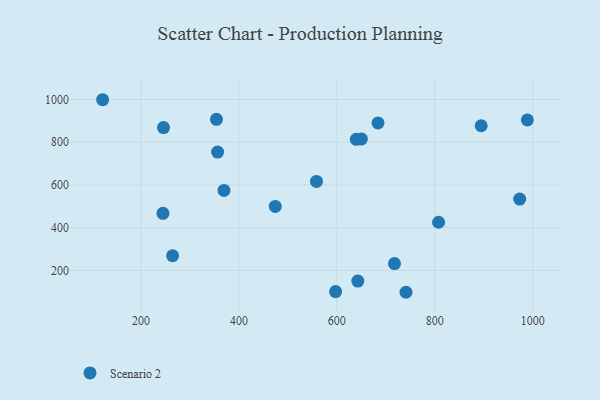
{"axis": {"x": "Experience", "y": "Fuel Efficiency"}, "legend": ["Scenario 2"], "data": [{"x": "244.9", "y": 467.3, "type": "Scenario 2"}, {"x": "369.5", "y": 574.3, "type": "Scenario 2"}, {"x": "894.9", "y": 877.0, "type": "Scenario 2"}, {"x": "989.2", "y": 904.4, "type": "Scenario 2"}, {"x": "558.5", "y": 616.6, "type": "Scenario 2"}, {"x": "717.8", "y": 231.8, "type": "Scenario 2"}, {"x": "264.6", "y": 268.6, "type": "Scenario 2"}, {"x": "973.5", "y": 534.1, "type": "Scenario 2"}, {"x": "121.7", "y": 998.9, "type": "Scenario 2"}, {"x": "642.9", "y": 150.3, "type": "Scenario 2"}, {"x": "597.5", "y": 100.8, "type": "Scenario 2"}, {"x": "354.2", "y": 907.3, "type": "Scenario 2"}, {"x": "684.1", "y": 890.3, "type": "Scenario 2"}, {"x": "246.1", "y": 868.5, "type": "Scenario 2"}, {"x": "474.3", "y": 499.6, "type": "Scenario 2"}, {"x": "650.2", "y": 815.4, "type": "Scenario 2"}, {"x": "807.8", "y": 425.5, "type": "Scenario 2"}, {"x": "356.6", "y": 753.9, "type": "Scenario 2"}, {"x": "741.3", "y": 97.7, "type": "Scenario 2"}, {"x": "639.8", "y": 813.4, "type": "Scenario 2"}]}